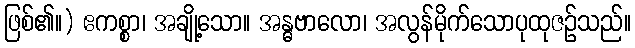
ဖြစ်၏။) ဧကစ္စာ၊ အချို့သော။ အန္ဓဗာလော၊ အလွန်မိုက်သောပုထုဇဉ်သည်။